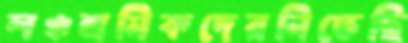
লঞ্চশ্রমিকদেরনিভেছি